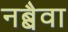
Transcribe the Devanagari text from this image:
नब्बैवा